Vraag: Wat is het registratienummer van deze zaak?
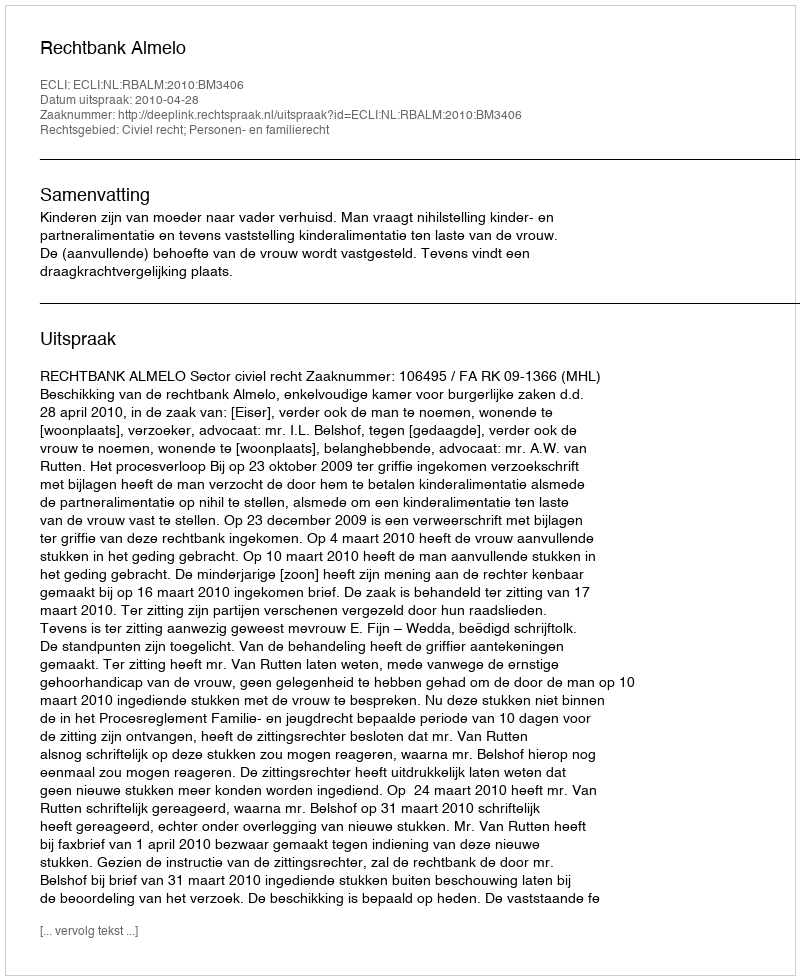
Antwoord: http://deeplink.rechtspraak.nl/uitspraak?id=ECLI:NL:RBALM:2010:BM3406